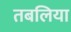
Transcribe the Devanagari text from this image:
तबलिया